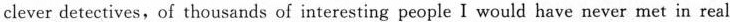
clever detectives,of thousands of interesting people I would have never met in real